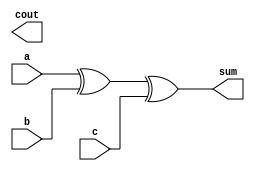
module full_adder(sum,cout,a, b, c);

output cout,sum;

input a,b,c;
assign sum = a ^ b ^ c;  
assign carry = (a&b) | (b&c) | (c&a);

endmodule

module adder_4bit(sum ,carry, a ,b,c);

output [3:0] sum ;
output carry ;
input c;
input [3:0] a ;
input [3:0] b ; 

wire [2:0]s;

full_adder u0 (sum[0],s[0],a[0],b[0],c);
full_adder u1 (sum[1],s[1],a[1],b[1],s[0]);
full_adder u2 (sum[2],s[2],a[2],b[2],s[1]);
full_adder u3 (sum[3],carry,a[3],b[3],s[2]);

endmodule

module mux_4bit ( dout,sel,a ,b);

output [3:0]dout ;

input [3:0]a ;
input [3:0]b ;
input sel ;
   
assign dout = sel ? b : a;

endmodule